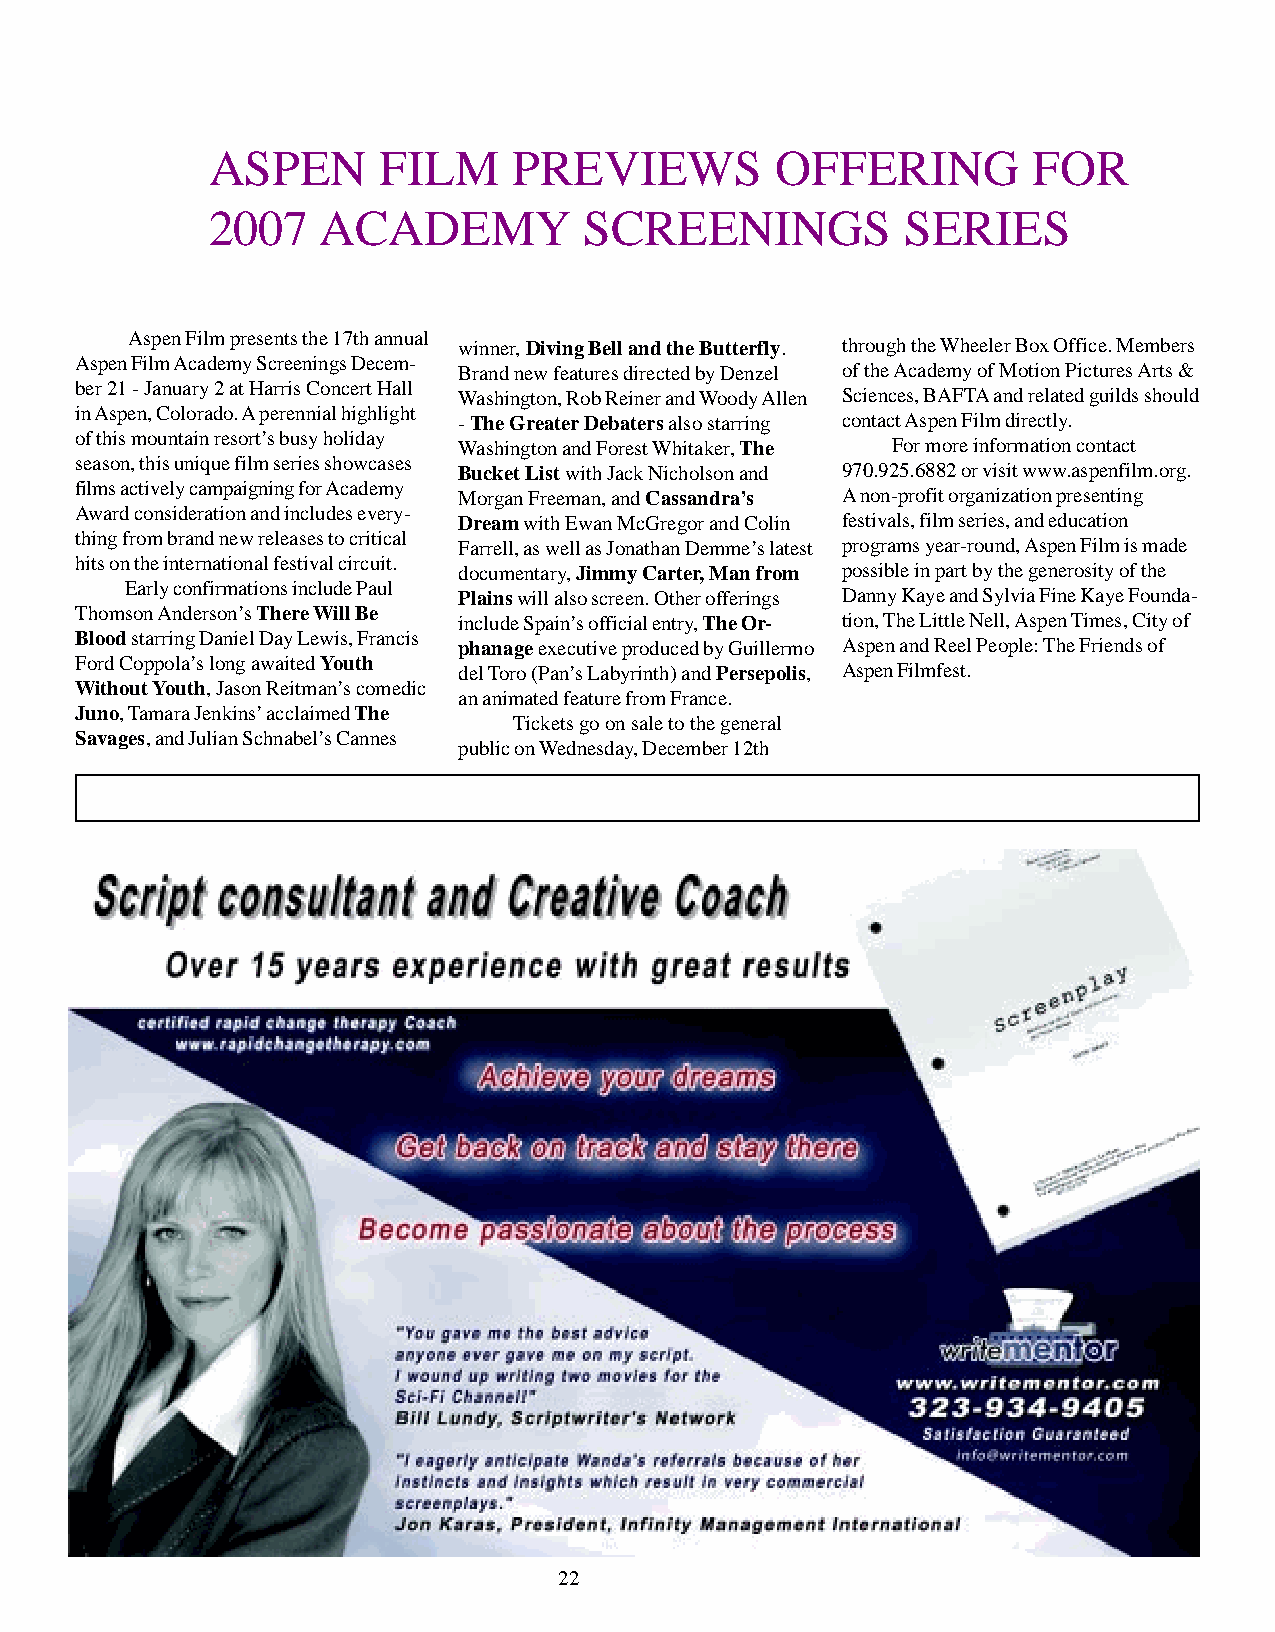
ASPEN      FILM     PREVIEWS         OFFERING         FOR
 2007   ACADEMY           SCREENINGS           SERIES
 Aspen Film presents the 17th annual
 winner, Diving Bell and the Butterfly. through the Wheeler Box Office. Members
 Aspen Film Academy Screenings Decem-
 Brand new features directed by Denzel of the Academy of Motion Pictures Arts &
 ber 21 - January 2 at Harris Concert Hall
 Washington, Rob Reiner and Woody Allen Sciences, BAFTA and related guilds should
 in Aspen, Colorado. A perennial highlight
 - The Greater Debaters also starring contact Aspen Film directly.
 of this mountain resort’s busy holiday
 Washington and Forest Whitaker, The For more information contact
 season, this unique film series showcases
 Bucket List with Jack Nicholson and 970.925.6882 or visit www.aspenfilm.org.
 films actively campaigning for Academy
 Morgan Freeman, and Cassandra’s A non-profit organization presenting
 Award consideration and includes every-
 Dream with Ewan McGregor and Colin festivals, film series, and education
 thing from brand new releases to critical
 Farrell, as well as Jonathan Demme’s latest programs year-round, Aspen Film is made
 hits on the international festival circuit.
 documentary, Jimmy Carter, Man from possible in part by the generosity of the
 Early confirmations include Paul
 Plains will also screen. Other offerings Danny Kaye and Sylvia Fine Kaye Founda-
 Thomson Anderson’s There Will Be
 include Spain’s official entry, The Or- tion, The Little Nell, Aspen Times, City of
 Blood starring Daniel Day Lewis, Francis
 phanage executive produced by Guillermo Aspen and Reel People: The Friends of
 Ford Coppola’s long awaited Youth
 del Toro (Pan’s Labyrinth) and Persepolis, Aspen Filmfest.
 Without Youth, Jason Reitman’s comedic
 an animated feature from France.
 Juno, Tamara Jenkins’ acclaimed The
 Tickets go on sale to the general
 Savages, and Julian Schnabel’s Cannes
 public on Wednesday, December 12th
 22